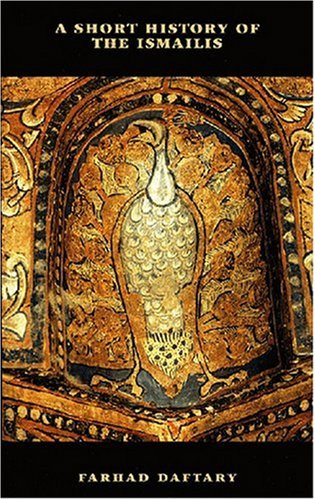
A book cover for A Short History of the Ismailis: Traditions of a Muslim Community; Farhad Daftary; Religion & Spirituality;